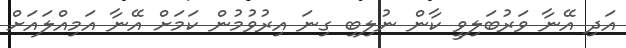
އަދި އޭނާ ވަރުބަލިވީ ކާން ނުލިބި ގިނަ އިރުވުމުން ކަމަށް އޭނާ އަމިއްލައަށް